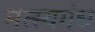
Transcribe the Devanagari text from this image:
मत्स्यगंध